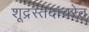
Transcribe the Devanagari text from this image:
शूद्रस्तदाचरेत्